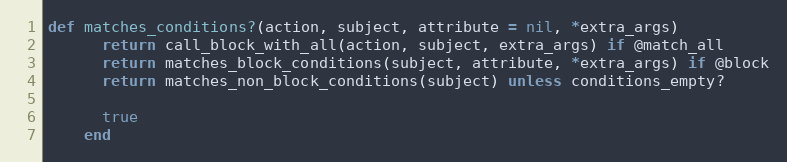
Language: Ruby
def matches_conditions?(action, subject, attribute = nil, *extra_args)
      return call_block_with_all(action, subject, extra_args) if @match_all
      return matches_block_conditions(subject, attribute, *extra_args) if @block
      return matches_non_block_conditions(subject) unless conditions_empty?

      true
    end